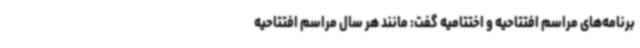
برنامه‌های مراسم افتتاحیه و اختتامیه گفت: مانند هر سال مراسم افتتاحیه